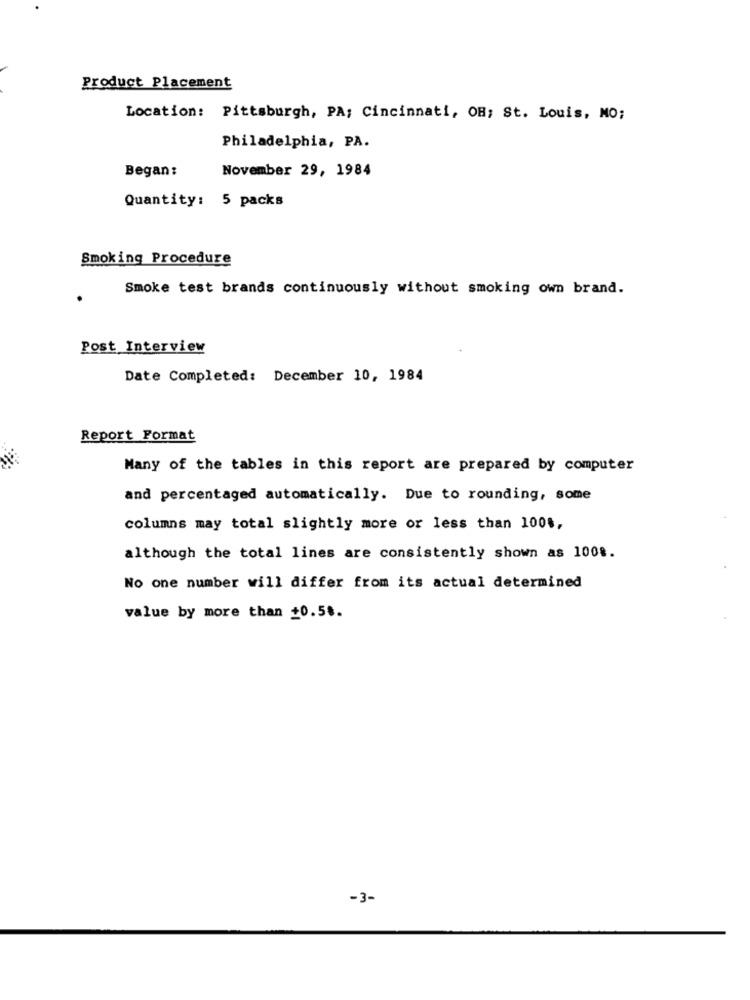
Product Placement
Location: Pittsburgh, PA; Cincinnati, OB; St. Louis, MO;
Philadelphia, PA.
Began:
November 29, 1984
Quantity: 5 packs
Smoking Procedure
Smoke test brands continuously without smoking own brand.
Post Interview
Date Completed: December 10, 1984
Report Format
Many of the tables in this report are prepared by computer
and percentaged automatically. Due to rounding, some
columns may total slightly more or less than 100%,
although the total lines are consistently shown as 1008.
No one number will differ from its actual determined
value by more than $0.58.
-3-